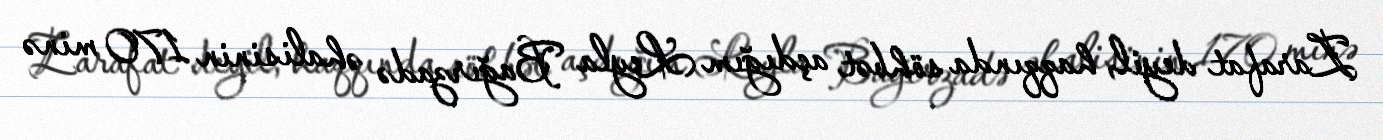
Zarafat deyil, haqqında söhbət açdığım Leyla Bağırzadə əhalisinin 170 minə